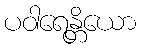
ပဝါရေန္တိယော